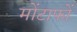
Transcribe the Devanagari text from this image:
मोंटाफों